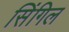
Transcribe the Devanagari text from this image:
सिंगिल